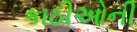
કાઠીઓની